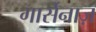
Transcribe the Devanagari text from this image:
गार्सेनाज़